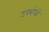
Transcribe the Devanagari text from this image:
उपसंघों